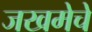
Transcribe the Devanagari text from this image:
जखमेचे